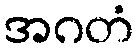
အဂတံ